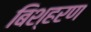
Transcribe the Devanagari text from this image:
बिश्हरण